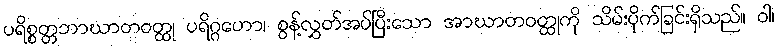
ပရိစ္စတ္တဘာဃာတဝတ္ထု ပရိဂ္ဂဟော၊ စွန့်လွှတ်အပ်ပြီးသော အာဃာတဝတ္ထုကို သိမ်းပိုက်ခြင်းရှိသည်။ ဝါ၊